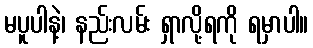
မပူပါနဲ့၊ နည်းလမ်း ရှာလို့ရကို ရမှာပါ။